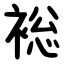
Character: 䙂